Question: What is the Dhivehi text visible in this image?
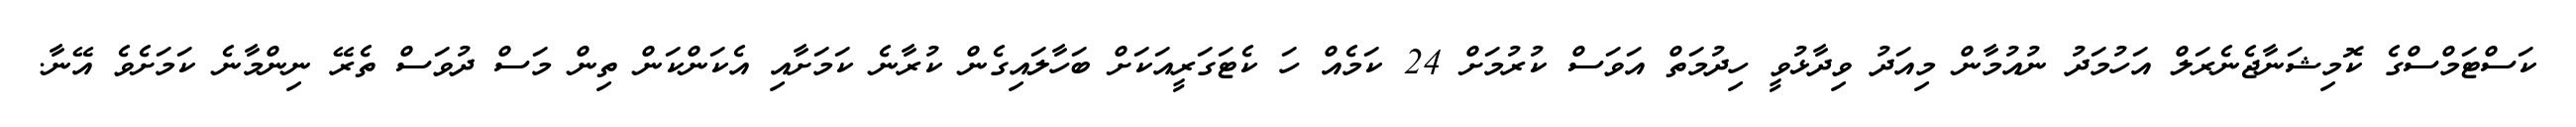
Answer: ކަސްޓަމްސްގެ ކޮމިޝަނާޖެނެރަލް އަހުމަދު ނުއުމާން މިއަދު ވިދާޅުވީ ހިދުމަތް އަވަސް ކުރުމަށް 24 ކަމެއް ހަ ކެޓަގަރީއަކަށް ބަހާލައިގެން ކުރާނެ ކަމަށާއި އެކަންކަން ތިން މަސް ދުވަސް ތެރޭ ނިންމާނެ ކަމަށެވެ އޭނާ.